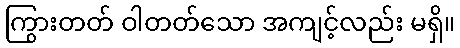
ကြွားတတ် ဝါတတ်သော အကျင့်လည်း မရှိ။